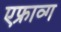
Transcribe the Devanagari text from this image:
एफ्राव्ग